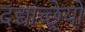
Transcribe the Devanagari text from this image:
दद्याच्छ्रेयो